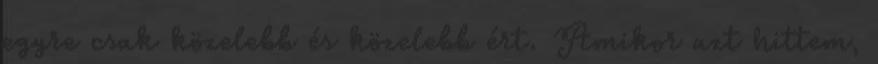
egyre csak közelebb és közelebb ért. Amikor azt hittem,